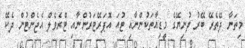
މިތަނާ ދޭތެރޭ ބޭރު ދުނިޔޭގެ މީޑިއާތަކުންނާއި ޓުއަ އޮޕަރޭޓަރުންނާއި ޓްރެވެލް އެޖެންޓުން ދެކޭ